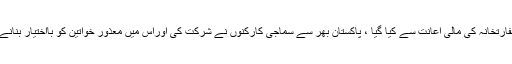
اس کانفرنس میں،جس کا انعقاد امریکی سفارتخانہ کی مالی اعانت سے کیا گیا ، پاکستان بھر سے سماجی کارکنوں نے شرکت کی اوراس میں معذور خواتین کو بااختیار بنانے کے حوالے سے اقدامات پر غور کیا گیا۔